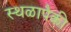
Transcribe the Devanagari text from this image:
स्थळापैकी